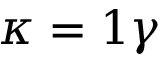
\kappa = 1 \gamma